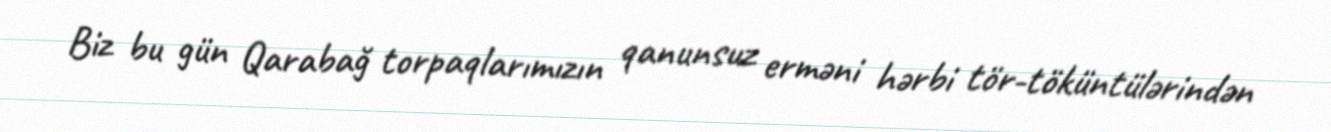
Biz bu gün Qarabağ torpaqlarımızın qanunsuz erməni hərbi tör-töküntülərindən